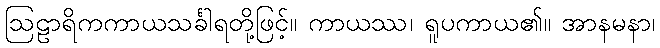
ဩဠာရိကကာယသင်္ခါရတို့ဖြင့်။ ကာယဿ၊ ရူပကာယ၏။ အာနမနာ၊